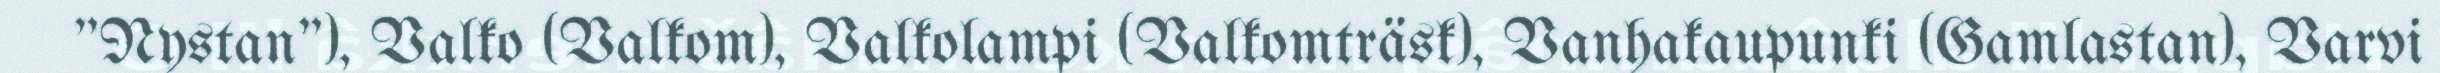
"Nystan"), Valko (Valkom), Valkolampi (Valkomträsk), Vanhakaupunki (Gamlastan), Varvi